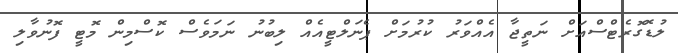
ލުޑޮގޮރެޓްސްއަށް ނަތީޖާ އެއްވަރު ކުރުމަށް ޕެނަލްޓީއެއް ލިބުނު ނަމަވެސް ކޮސްމިން މޮޓީ ފޮނުވާލި